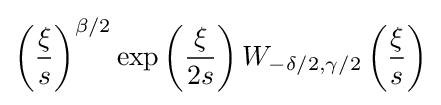
\left({\frac {\xi }{s}}\right)^{\beta /2}\exp \left({\frac {\xi }{2s}}\right)W_{-\delta /2,\gamma /2}\left({\frac {\xi }{s}}\right)